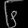
Digit: ၆